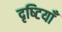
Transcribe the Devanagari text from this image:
दृष्‍टियाँ